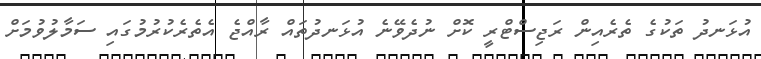
އުޅަނދު ތަކުގެ ތެރެއިން ރަޖިސްޓްރީ ކޮށް ނުދެވޭނެ އުޅަނދުތައް ރާއްޖެ އެތެރެކުރުމުގައި ސަމާލުވުމަށް